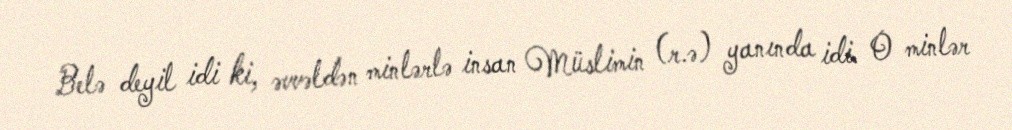
Belə deyil idi ki, əvvəldən minlərlə insan Müslimin (r.ə) yanında idi. O minlər